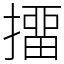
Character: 㩅